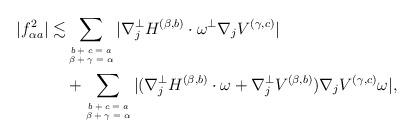
LaTeX: \begin{align*} |f^2_{\alpha a}|\lesssim&\sum\limits_{\tiny\begin{matrix}b+c=a\\\beta+\gamma=\alpha\end{matrix}}|\nabla^\perp_j H^{(\beta,b)}\cdot\omega^\perp\nabla_j V^{(\gamma,c)}| \\&+\sum\limits_{\tiny\begin{matrix}b+c=a\\\beta+\gamma=\alpha\end{matrix}}|(\nabla^\perp_j H^{(\beta,b)}\cdot\omega+\nabla^\perp_j V^{(\beta,b)})\nabla_j V^{(\gamma,c)}\omega|,\end{align*}